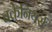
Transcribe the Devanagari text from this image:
बकेनियर्स